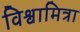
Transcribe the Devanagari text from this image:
विश्वामित्रा